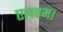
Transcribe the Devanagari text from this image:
एलबम।